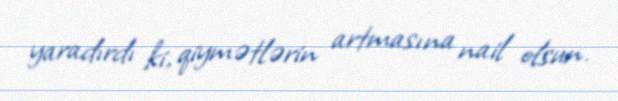
yaradırdı ki, qiymətlərin artmasına nail olsun.